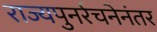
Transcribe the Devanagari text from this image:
राज्यपुनर्रचनेनंतर